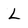
Character: L